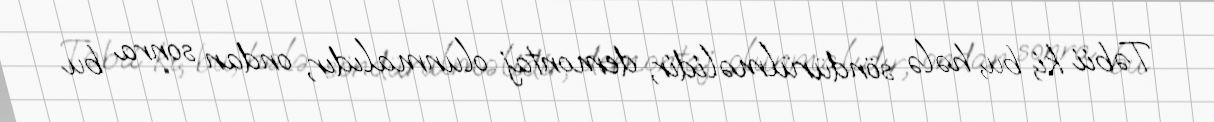
Təbii ki, bu, hələ söndürülməlidir, demontaj olunmalıdır, ondan sonra bu